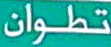
تطوان